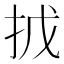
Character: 㧔